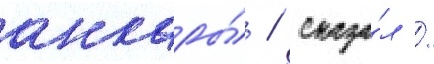
анкары́ / сказа́л /